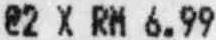
@2 X RM 6.99